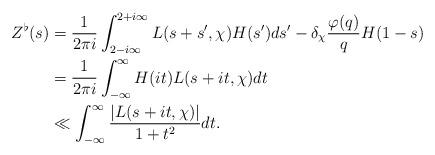
LaTeX: \begin{align*}Z^\flat(s)&=\frac{1}{2\pi i}\int_{2-i\infty}^{2+i\infty}L(s+s',\chi)H(s')ds'-\delta_\chi \frac{\varphi(q)}{q} H(1-s)\\&=\frac{1}{2\pi i}\int_{-\infty}^\infty H(it)L(s+it,\chi)dt\\&\ll \int_{-\infty}^\infty \frac{|L(s+it,\chi)|}{1+t^2}dt.\end{align*}